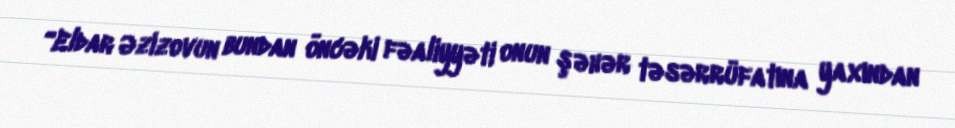
“Eldar Əzizovun bundan öncəki fəaliyyəti onun şəhər təsərrüfatına yaxından